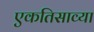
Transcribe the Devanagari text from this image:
एकतिसाव्या